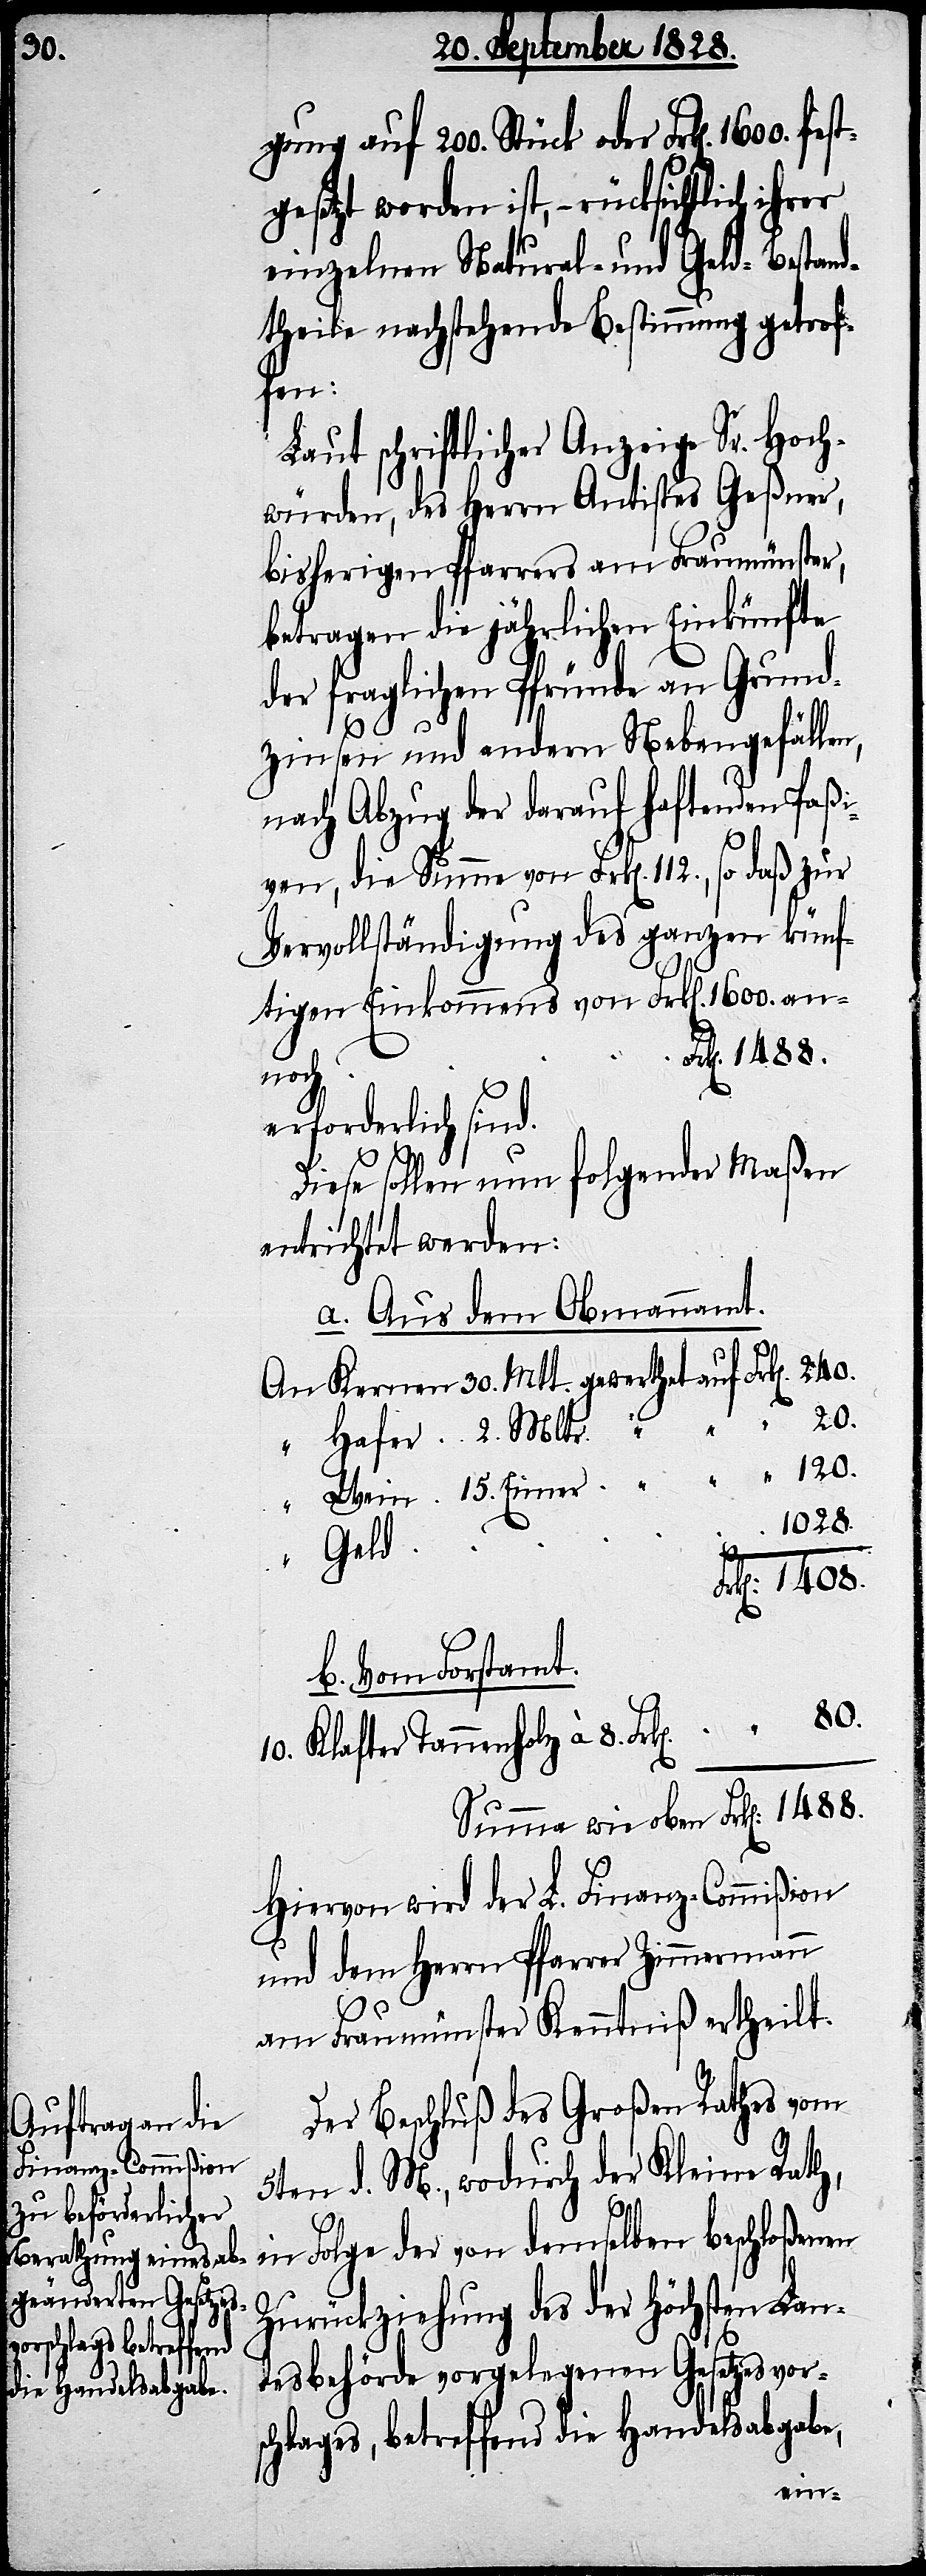
30.

gung auf 200. Stück oder Frk[en].
gesetzt worden ist, – rücksichtlich ihrer
einzelnen Natural- und Geld-Bestand¬
theile nachstehende Bestimmung getrof¬
fen:
Laut schriftlicher Anzeige Sr. Hoch¬
würden, des Herrn Antistes Geßner,
bisherigen Pfarrers am Fraumünster,
betragen die jährlichen Einkünfte
der fraglichen Pfründe an Grund¬
80.
zinsen und andern Nebengefällen,
nach Abzug der darauf haftenden Paßi¬
ven, die Summe von Frk[en]. 112.,
Vervollständigung des ganzen künf¬
tigen Einkommens von Frk[en]. 1600. an¬
noch
erforderlich sind.
Diese sollen nun folgender Maßen
entrichtet werden:
a. Aus dem Obmannamt.
1028.
Geld
1408.
b. Vom Forstamt.
10. Klafter Tannenholz à 8. Frk[en].
Summa von oben Frk[en]:
Hiervon wird der L. Finanz-Commißion
und dem Herrn Pfarrer Zimmermann
2.
am Fraumünster Kenntniß ertheilt.
Der Beschluß des Großen Rathes vom
5ten d. M., wodurch der Kleine Rath,
Zurückziehung des der Höchsten Lan¬
beschloßenen
desbehörde vorgelegenen Gesetzesvor¬
schlages, betreffend die Handelsabgabe,
Wein